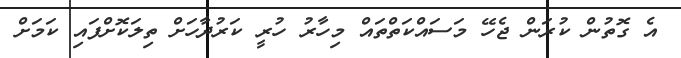
އެ ގޮތުން ކުރަން ޖެހޭ މަސައްކަތްތައް މިހާރު ހުރީ ކަރުދާހަށް ތިލަކޮށްފައި ކަމަށް